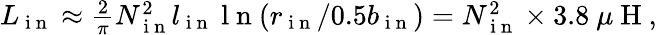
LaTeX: \begin{array}{r}{L_{\mathrm{~i~n~}}\approx\frac{2}{\pi}N_{\mathrm{~i~n~}}^{2}l_{\mathrm{~i~n~}}\mathrm{~l~n~}(r_{\mathrm{~i~n~}}/0.5b_{\mathrm{~i~n~}})=N_{\mathrm{~i~n~}}^{2}\times 3.8~\mu\mathrm{~H~},}\end{array}